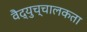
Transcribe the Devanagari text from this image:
वैद्युच्चालकता